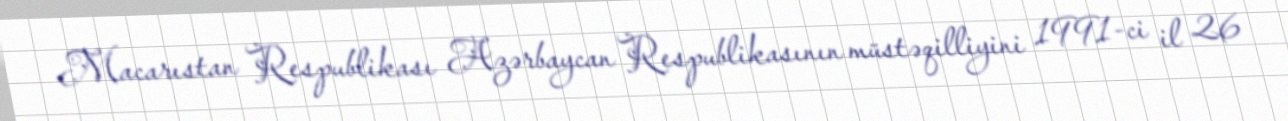
Macarıstan Respublikası Azərbaycan Respublikasının müstəqilliyini 1991-ci il 26